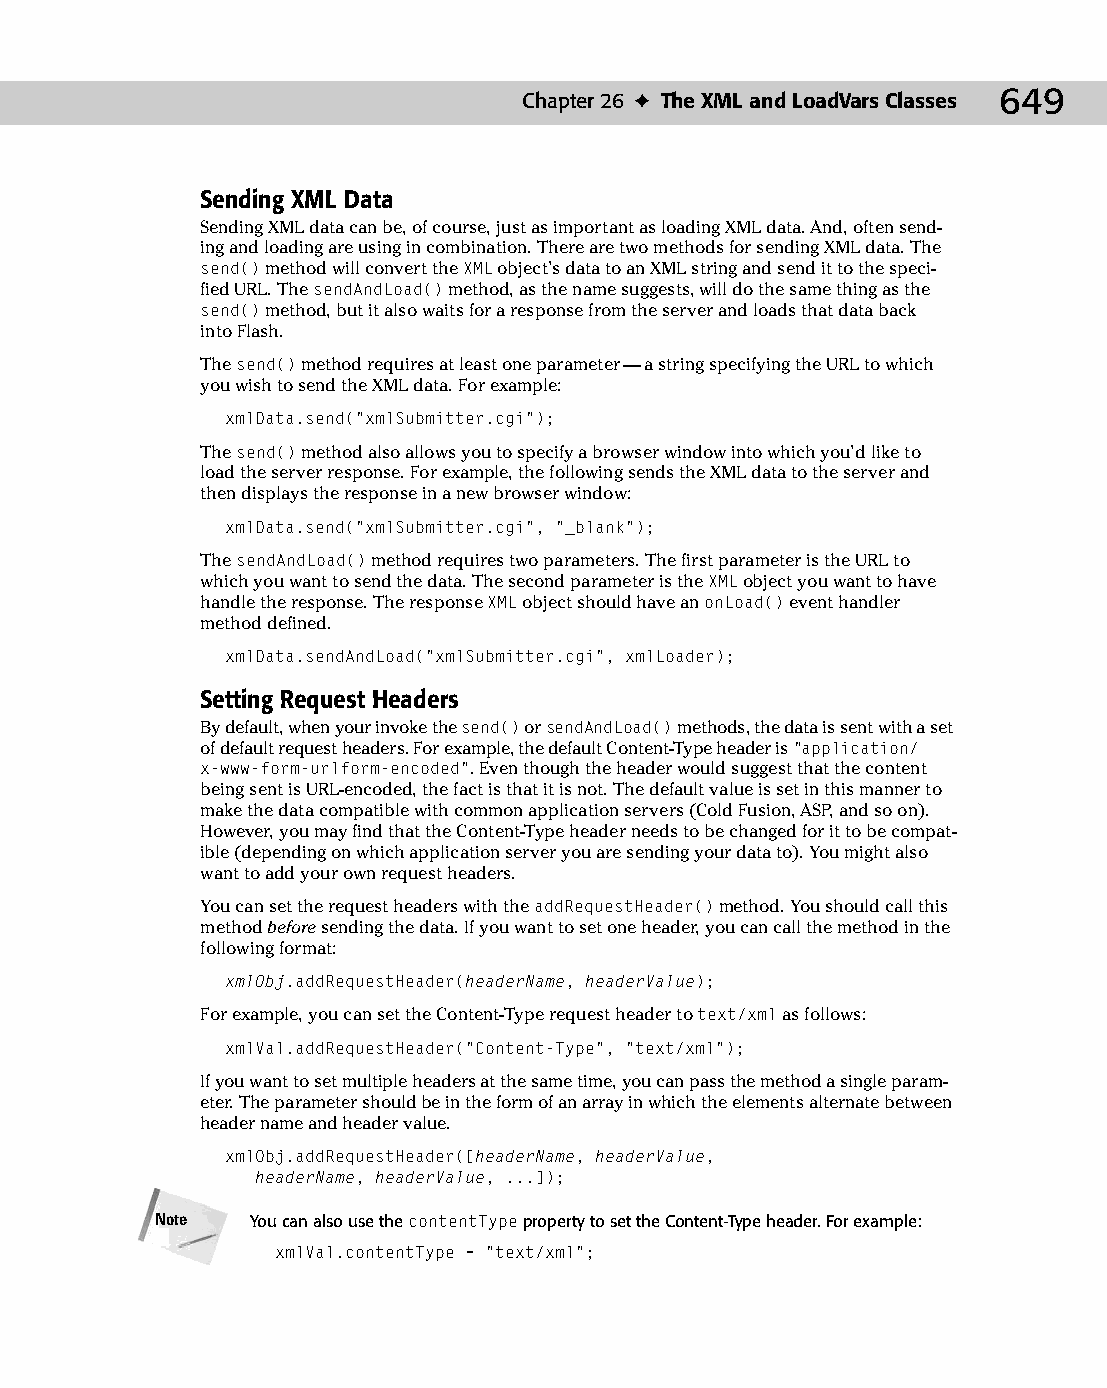
34 543547 ch26.qxd 3/24/04 4:08 PM Page 649
 Chapter 26 ✦ The XML and LoadVars Classes 649
 Sending XML Data
 Sending XML data can be, of course, just as important as loading XML data. And, often send­
 ing and loading are using in combination. There are two methods for sending XML data. The
 send() method will convert the XML object’s data to an XML string and send it to the speci­
 fied URL. The sendAndLoad() method, as the name suggests, will do the same thing as the
 send() method, but it also waits for a response from the server and loads that data back
 into Flash.
 The send() method requires at least one parameter — a string specifying the URL to which
 you wish to send the XML data. For example:
 xmlData.send(“xmlSubmitter.cgi”);
 The send() method also allows you to specify a browser window into which you’d like to
 load the server response. For example, the following sends the XML data to the server and
 then displays the response in a new browser window:
 xmlData.send(“xmlSubmitter.cgi”, “_blank”);
 The sendAndLoad() method requires two parameters. The first parameter is the URL to
 which you want to send the data. The second parameter is the XML object you want to have
 handle the response. The response XML object should have an onLoad() event handler
 method defined.
 xmlData.sendAndLoad(“xmlSubmitter.cgi”, xmlLoader);
 Setting Request Headers
 By default, when your invoke the send() or sendAndLoad() methods, the data is sent with a set
 of default request headers. For example, the default Content-Type header is “application/
 x-www-form-urlform-encoded”. Even though the header would suggest that the content
 being sent is URL-encoded, the fact is that it is not. The default value is set in this manner to
 make the data compatible with common application servers (Cold Fusion, ASP, and so on).
 However, you may find that the Content-Type header needs to be changed for it to be compat­
 ible (depending on which application server you are sending your data to). You might also
 want to add your own request headers.
 You can set the request headers with the addRequestHeader() method. You should call this
 method before sending the data. If you want to set one header, you can call the method in the
 following format:
 xmlObj.addRequestHeader(headerName, headerValue);
 For example, you can set the Content-Type request header to text/xml as follows:
 xmlVal.addRequestHeader(“Content-Type”, “text/xml”);
 If you want to set multiple headers at the same time, you can pass the method a single param­
 eter. The parameter should be in the form of an array in which the elements alternate between
 header name and header value.
 xmlObj.addRequestHeader([headerName, headerValue,
 headerName, headerValue, ...]);
 Note   You can also use the contentType property to set the Content-Type header. For example:
 xmlVal.contentType = “text/xml”;